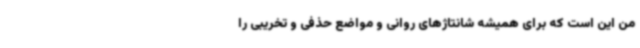
من این است که برای همیشه شانتاژهای روانی و مواضع حذفی و تخریبی را